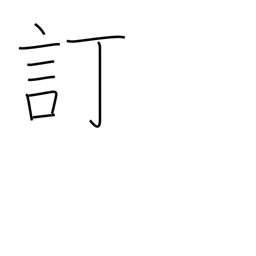
Meaning: revise